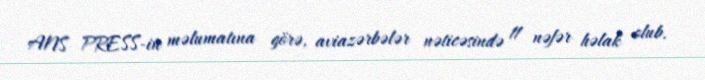
ANS PRESS-in məlumatına görə, aviazərbələr nəticəsində 11 nəfər həlak olub.